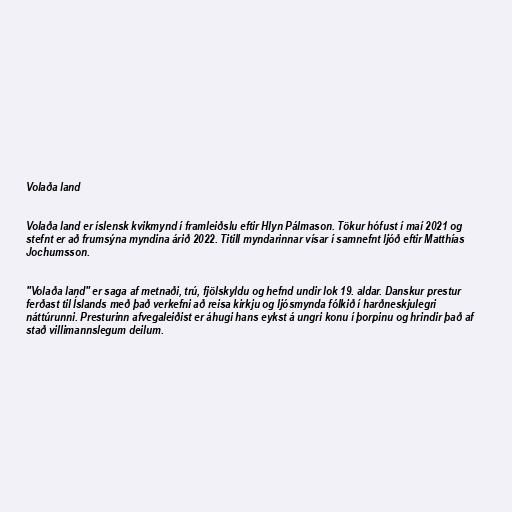
Volaða land

Volaða land er íslensk kvikmynd í framleiðslu eftir Hlyn Pálmason. Tökur hófust í maí 2021 og
stefnt er að frumsýna myndina árið 2022. Titill myndarinnar vísar í samnefnt ljóð eftir Matthías
Jochumsson.

"Volaða land" er saga af metnaði, trú, fjölskyldu og hefnd undir lok 19. aldar. Danskur prestur
ferðast til Íslands með það verkefni að reisa kirkju og ljósmynda fólkið í harðneskjulegri
náttúrunni. Presturinn afvegaleiðist er áhugi hans eykst á ungri konu í þorpinu og hrindir það af
stað villimannslegum deilum.